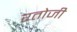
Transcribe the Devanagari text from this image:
रतोजी